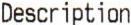
DESCRIPTION